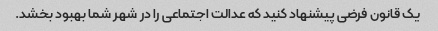
یک قانون فرضی پیشنهاد کنید که عدالت اجتماعی را در شهر شما بهبود بخشد.